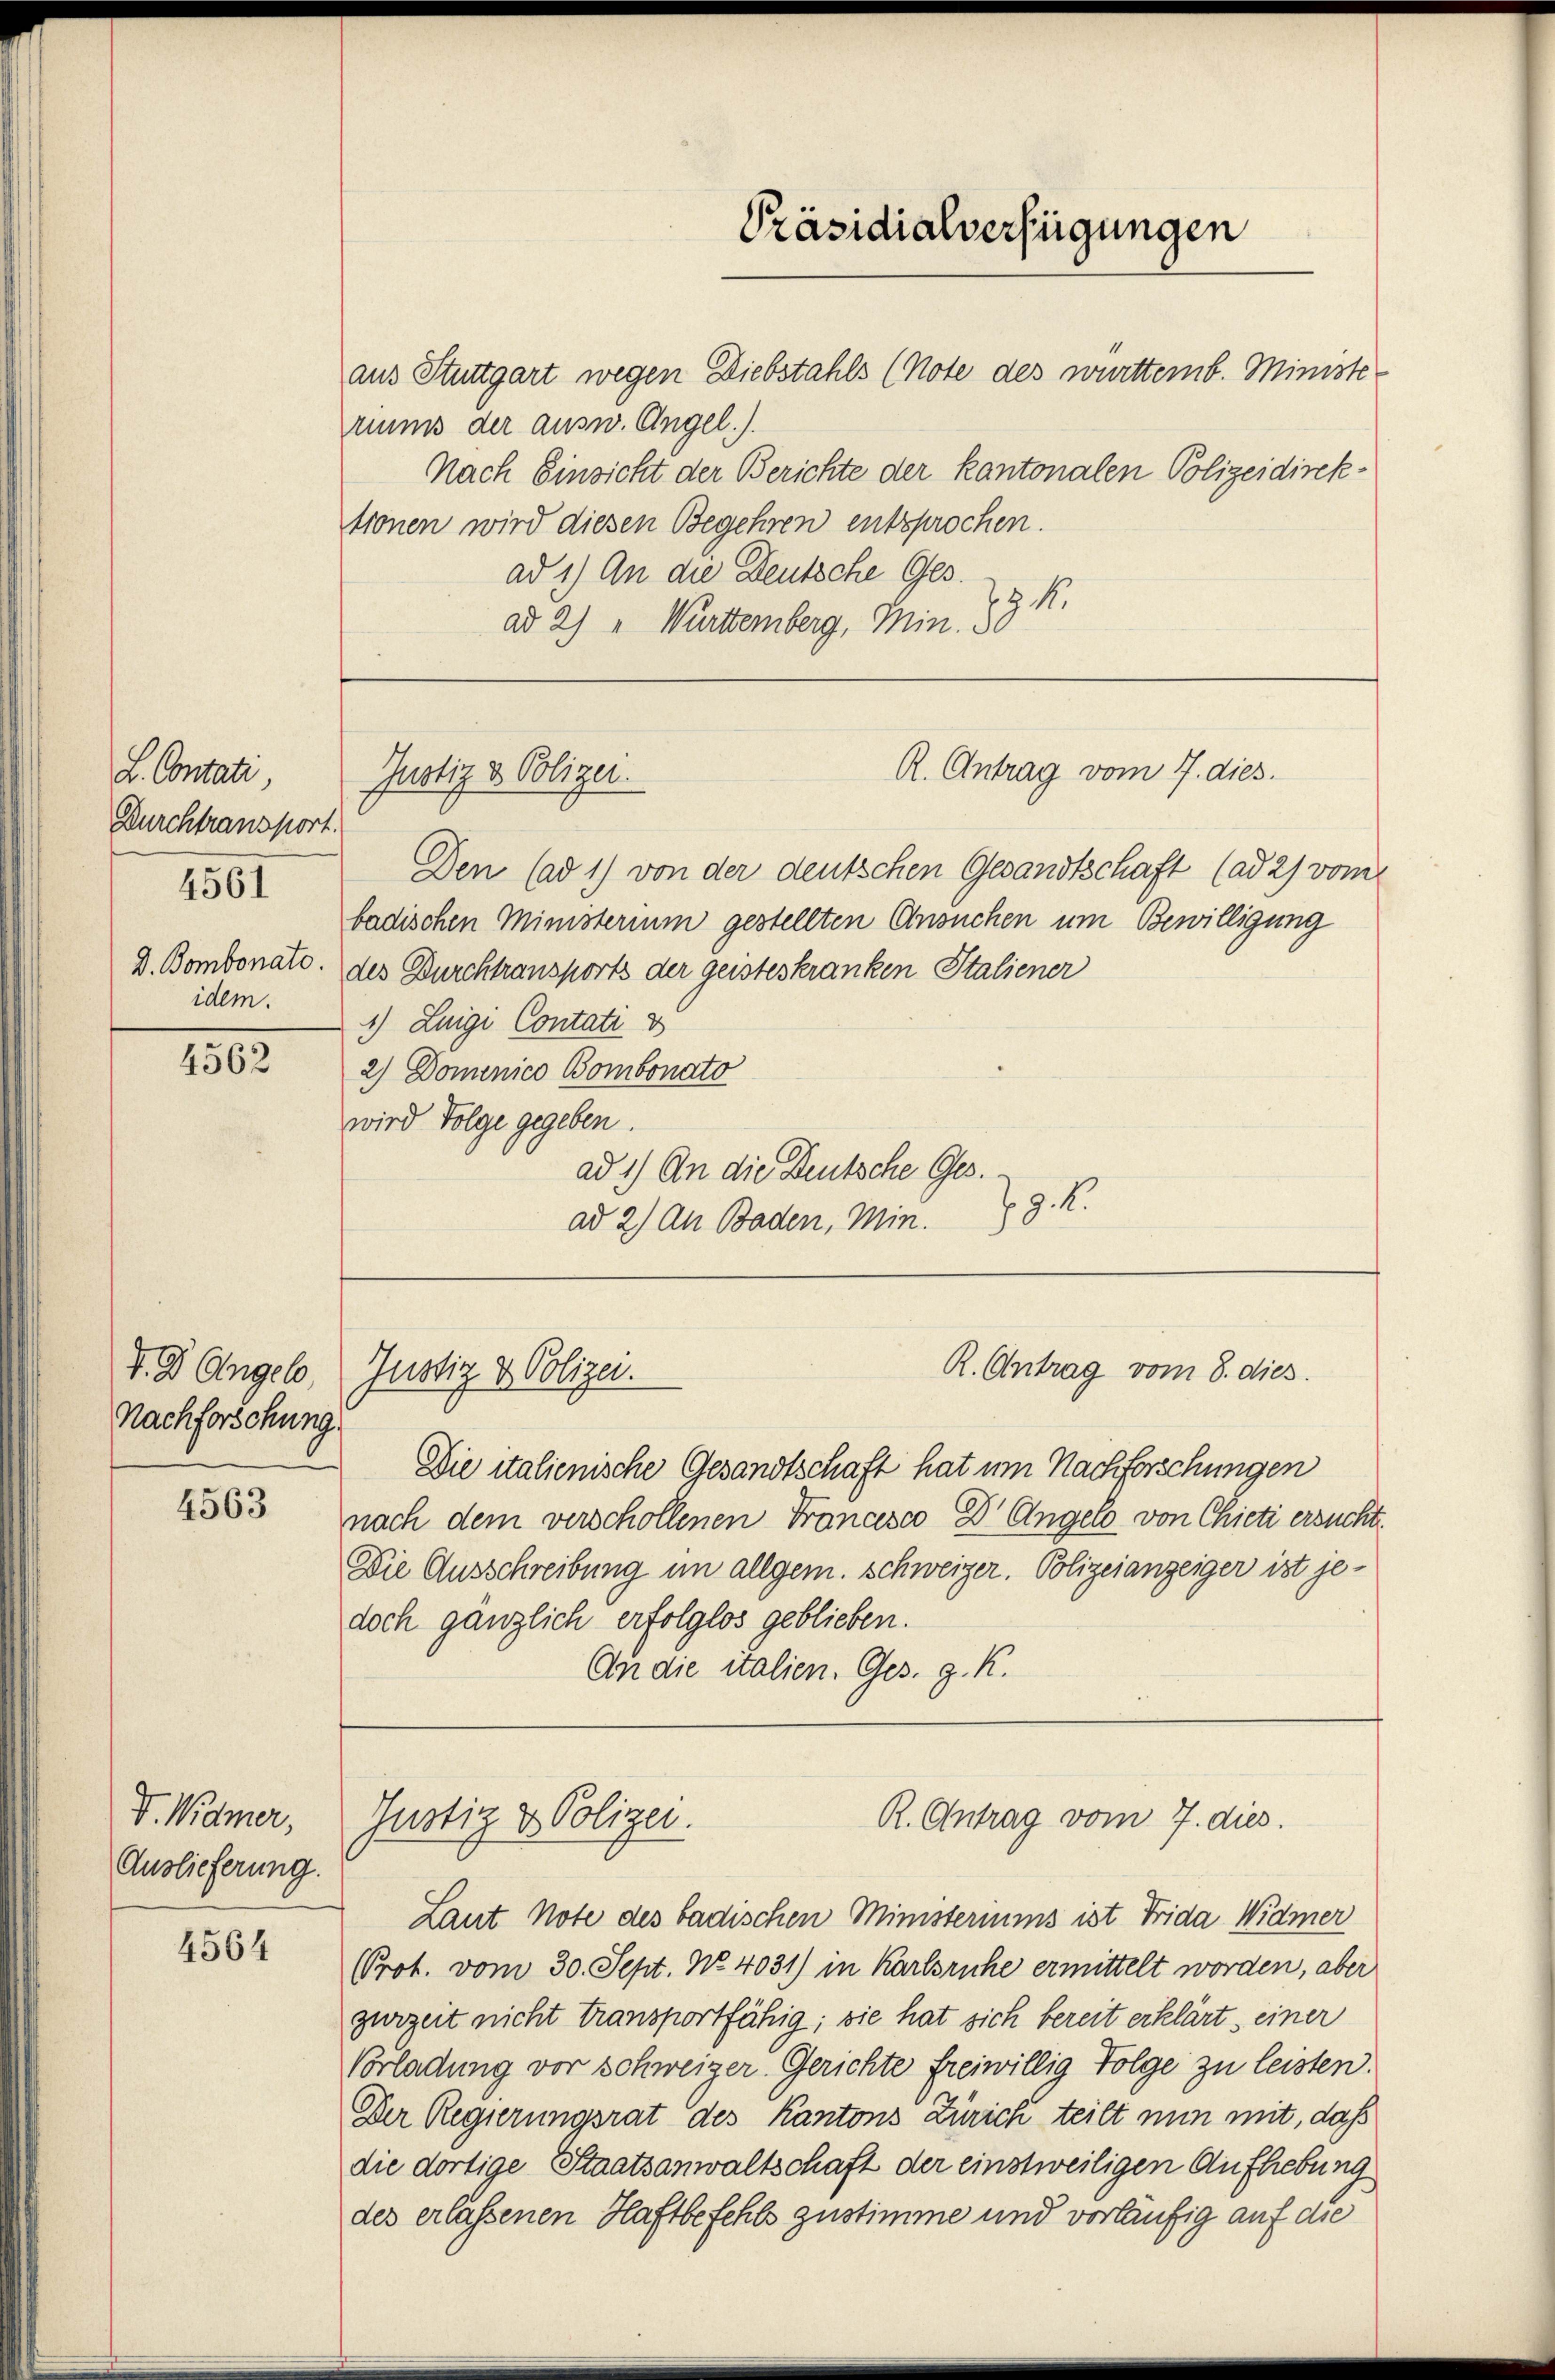
L. Contati,
Durchtransport.
4561
D. Bombonate.
idem.

4562

V. d. Angel,
Nachforschung

4563

V. Widmer,
Auslieferung.

4564

aus Stuttgart wegen Diebstahls (Note des württemb. Ministe
riums der ausw. Angel.).
Nach Einsicht der Berichte der kantonalen Polizeidirektronen wird diesen Begehren entsprochen.
ad 1.) An die Deutsche Ges.
Z 1.
ad 2) " Württemberg, Min. 30

Justiz & Polizei.

Präsidialverfügungen

R. Antrag vom 8. dies
Justiz & Polizei.

Justiz & Polizei.

R. Antrag vom 7. dies

Den (ad 1) von der deutschen Gesandtschaft (ad 2) vom
badischen Ministerium gestellten Ansuchen um Bewilligung
des Durchtransports der geisteskranken Italiener
1) Luigi Contati 8
2) Dominico Bombonato
wird Folge gegeben.
ad 1) An die Deutsche Ges.
.9. 1
ad 2) An Baden, Min.

Die italienische Gesandtschaft hat um Nachforschungen
nach dem verschollenen Francesco Dr. Angelo von Chicti ersucht.
Die Ausschreibung im allgem. Schweizer. Polizeianzeiger ist je-
doch gänzlich erfolglos geblieben.
An die italien. Ges. g. K.

R. Antrag vom 7. dies

Laut Note des badischen Ministeriums ist Frida Widmer
Prot. vom 30. Sept. No. 4031) in Karlsruhe ermittelt worden, aber
zurzeit nicht transportfähig; die hat sich bereit erklärt, einer
Vorladung vor schweizer Gerichte freiwillig Folge zu leisten.
Der Regierungsrat des Kantons Zürich teilt nun mit, daß
die dortige Staatsanwaltschaft der einstweiligen Aufhebung
des erlassenen Haftbefehls zustimme und vorläufig auf die